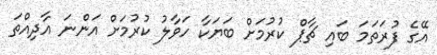
އޭގެ ފުރަތަމަ ބައި ޗާޕް ކުރުމަށް ބަޔަކާ ހަވާލު ކުރުމަށް އަންނަ އާދިއްތަ